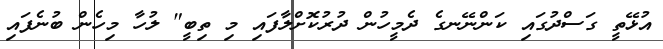
އުޅޭތީ ގަސްދުގައި ކަންނޭނގެ ދެމީހުން ދުރުކޮށްލާފައި މި ތިބީ" ލުހާ މިހެން ބުނެފައި